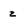
Character: z